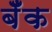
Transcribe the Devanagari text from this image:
बॅँक